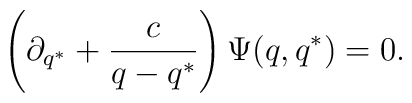
\left (\partial_{q^*}+\frac{c}{q-q^*}\right )\Psi (q,q^*)=0.